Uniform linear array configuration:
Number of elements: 12
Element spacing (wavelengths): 0.25
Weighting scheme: kaiser
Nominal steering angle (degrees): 0
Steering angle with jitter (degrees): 0.8631
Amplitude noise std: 0.05
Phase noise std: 0.05

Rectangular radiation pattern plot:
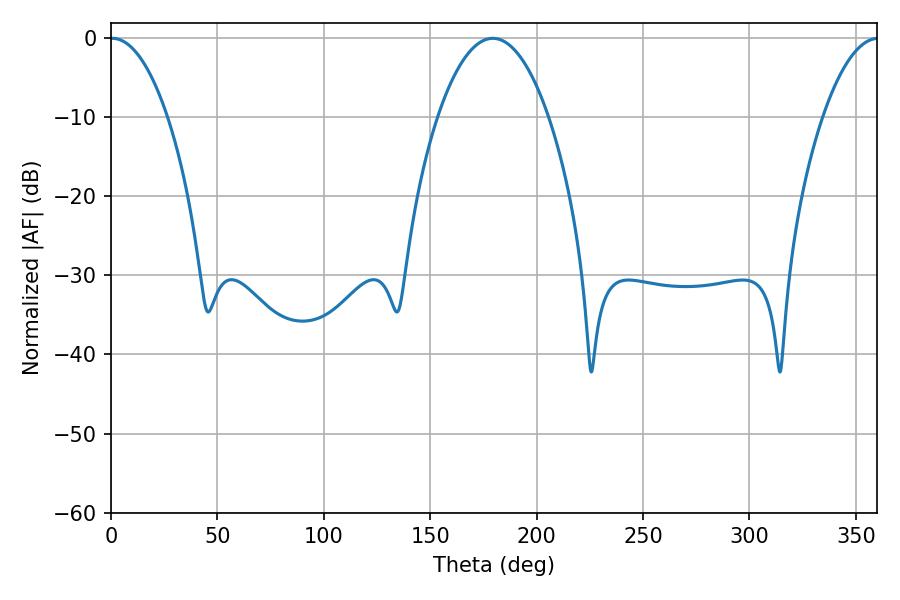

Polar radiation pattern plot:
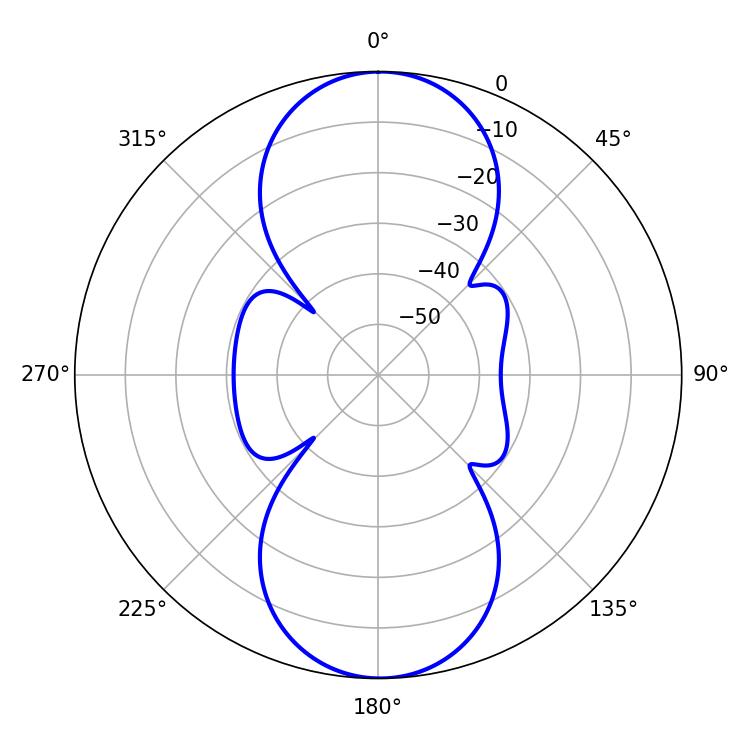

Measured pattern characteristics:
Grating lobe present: FALSE
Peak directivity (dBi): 23.358
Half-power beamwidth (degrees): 14.94
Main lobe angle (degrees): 0.54